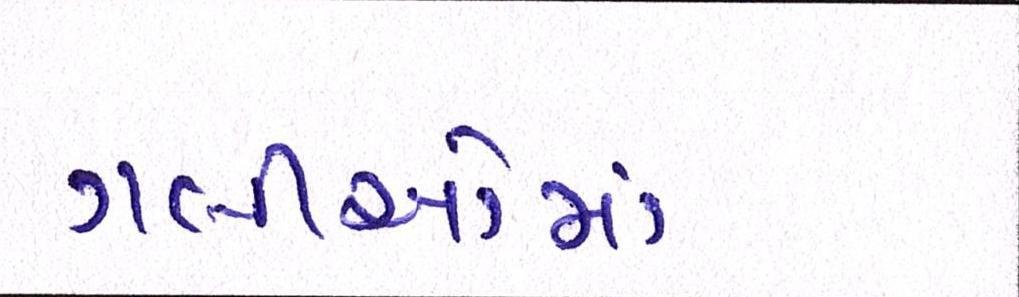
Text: ગલીઓમાં